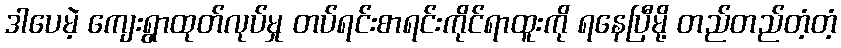
ဒါပေမဲ့ ကျေးရွာထုတ်လုပ်မှု တပ်ရင်းစာရင်းကိုင်ရာထူးကို ရနေပြီမို့ တည်တည်တံ့တံ့